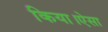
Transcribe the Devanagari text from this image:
किया।ऐसा